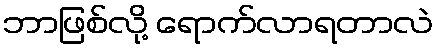
ဘာဖြစ်လို့ ရောက်လာရတာလဲ